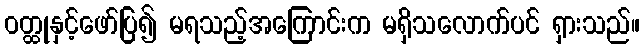
ဝတ္ထုနှင့်ဖော်ပြ၍ မရသည့်အကြောင်းက မရှိသလောက်ပင် ရှားသည်။